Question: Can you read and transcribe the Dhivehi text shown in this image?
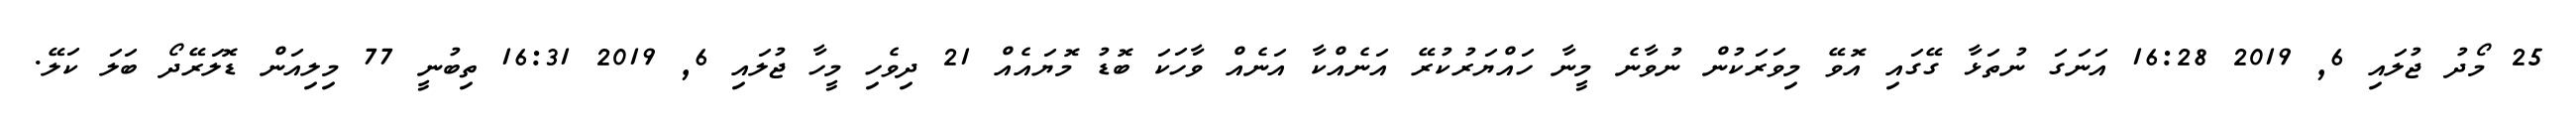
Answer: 25 މޯދު ޖުލައި 6, 2019 16:28 އަނަގަ ނުތަޅާ ގޭގައި އޮވޭ މިވަރަކުން ނުވާނެ މީނާ ހައްޔަރުކުރޭ އަނެއްކާ އަނެއް ވާހަކަ ބޮޑު މޮޔައެއް 21 ދިވެހި މީހާ ޖުލައި 6, 2019 16:31 ތިބުނީ 77 މިލިއަން ޑޮލަރޭދޯ ބަލަ ކަލޭ.